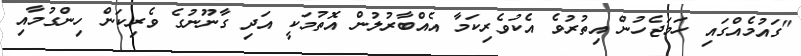
"ގައުމެއްގައި ހަމަޖެހުން އިތުރުވެ އެކުވެރިކަމާ އެއްބާރުލުން އޮތުމަކީ އަދި ގާނޫނުގެ ވެރިކަން ހިންގުމާއި